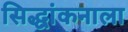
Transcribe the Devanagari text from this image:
सिद्धांकनाला